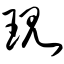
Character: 现